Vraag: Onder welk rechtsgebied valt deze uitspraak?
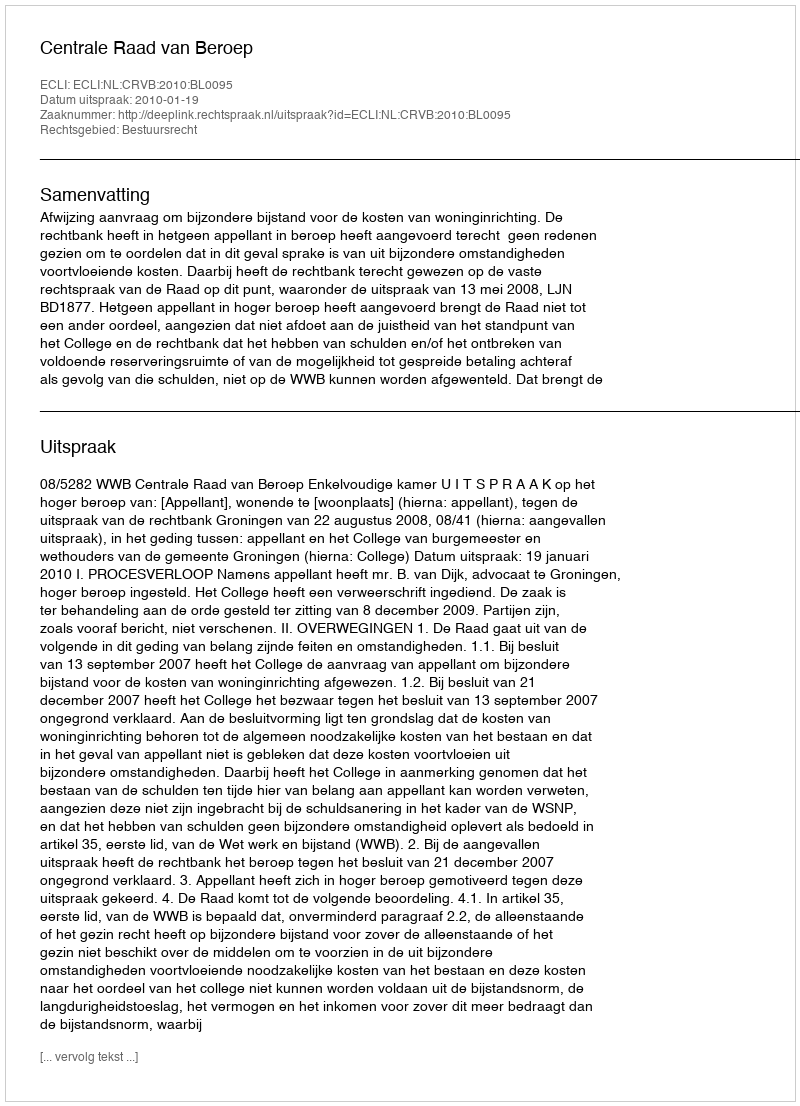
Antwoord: Bestuursrecht